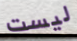
ليست